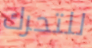
للتحرك